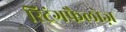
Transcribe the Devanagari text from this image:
स्ट्रिंगफैलोज़